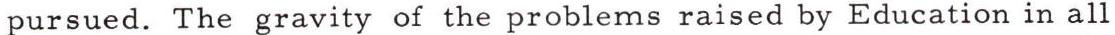
pursued. The gravity of the problems raised by Education in all